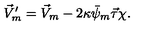
\vec { V } _ { m } ^ { \prime } = \vec { V } _ { m } - 2 \kappa \bar { \psi } _ { m } \vec { \tau } \chi .